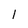
Character: l